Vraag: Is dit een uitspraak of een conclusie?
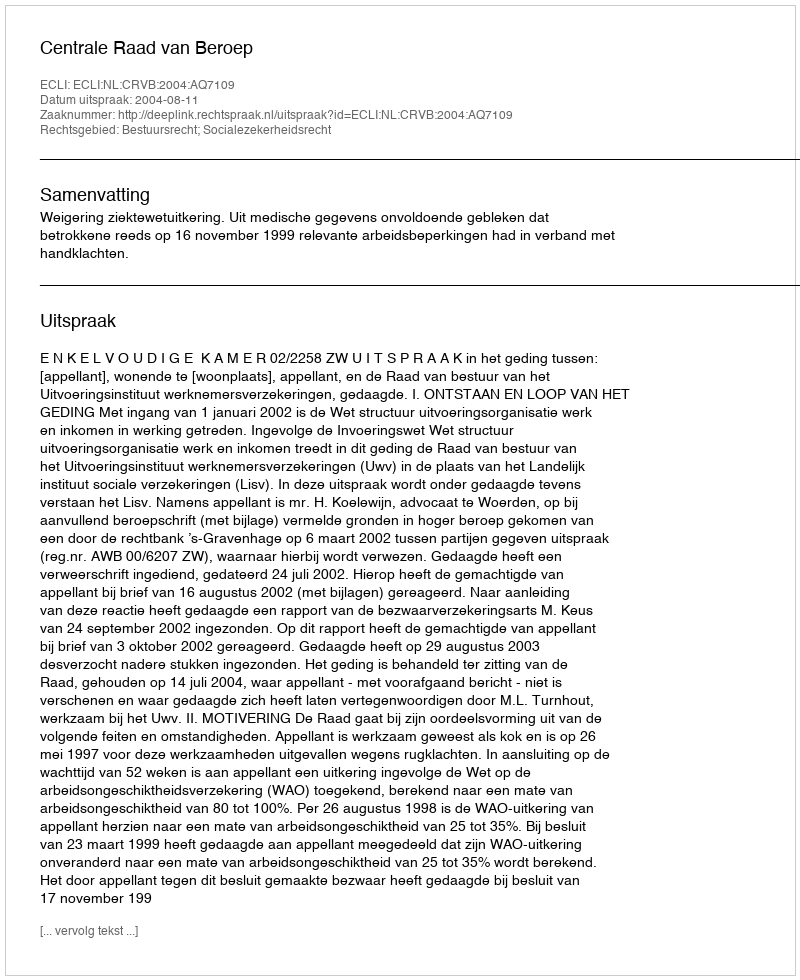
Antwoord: Uitspraak